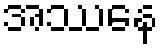
အဿေန